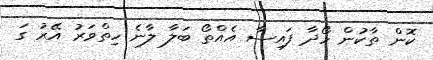
ކޮން ތާކުން ހޯދާ ފައިސާ އެއްތޯ ބަލާ ލާނެ ހިިތްވަރު އޭރު ގަ